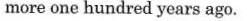
more one hundred years ago.